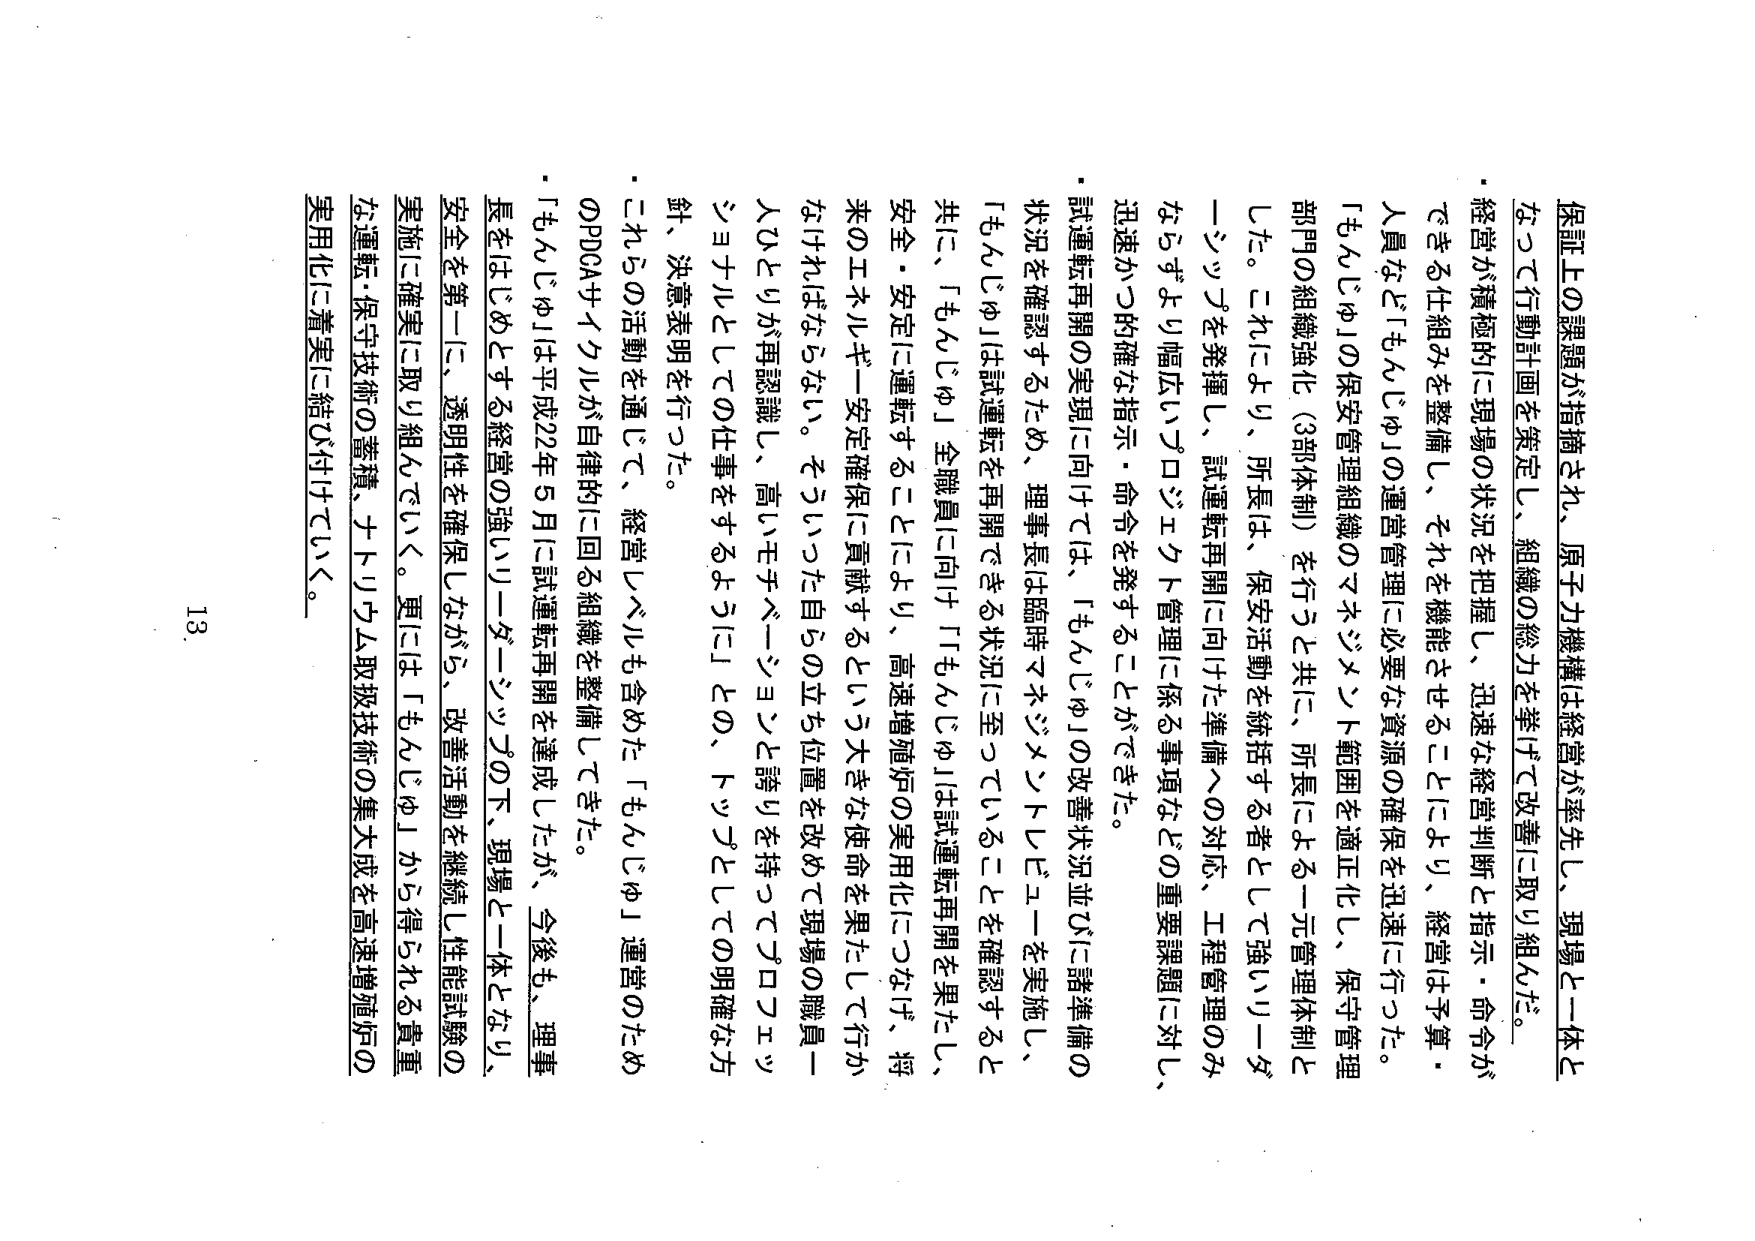
保証上の課題が指摘され、原子力機構は経営が率先し、現場と一体となって行動計画を策定し、組織の総力を挙げて改善に取り組んだ。

経営が積極的に現場の状況を把握し、迅速な経営判断と指示・命令ができる仕組みを整備し、それを機能させることにより、経営は予算・人員など「もんじゅ」の運営管理に必要な資源の確保を迅速に行った。

「もんじゅ」の保安管理組織のマネジメント範囲を適正化し、保守管理部門の組織強化（3部体制）を行うと共に、所長による一元管理体制とした。これにより、所長は、保安活動を統括する者として強いリーダーシップを発揮し、試運転再開に向けた準備への対応、工程管理のみならずより幅広いプロジェクト管理に係る事項などの重要課題に対し、迅速かつ的確な指示・命令を発することができた。

試運転再開の実現に向けては、「もんじゅ」の改善状況並びに諸準備の状況を確認するため、理事長は臨時マネジメントレビューを実施し、「もんじゅ」は試運転を再開できる状況に至っていることを確認すると共に、「もんじゅ」全職員に向け「『もんじゅ』は試運転再開を果たし、安全・安定に運転することにより、高速増殖炉の実用化につなげ、将来のエネルギー安定確保に貢献するという大きな使命を果たして行かなければならない。そういった自らの立ち位置を改めて現場の職員一人ひとりが再認識し、高いモチベーションと誇りを持ってプロジェクトをリードしての仕事をするように」との、トップとしての明確な方針・決意表明を行った。

これらの活動を通じて、経営レベルも含めた「もんじゅ」運営のためのPDCAサイクルが自律的に回る組織を整備してきた。

「もんじゅ」は平成22年5月に試運転再開を達成したが、今後も、理事長をはじめとする経営の強いつりダーシップの下、現場と一体となり、安全を第一に、透明性を確保しながら、改善活動を継続し性能試験の実施に確実に取り組んでいく。更には「もんじゅ」から得られる貴重な運転・保守技術の蓄積、ナトリウム取扱技術の集大成を高速増殖炉の実用化に着実に結び付けしていく。

13.